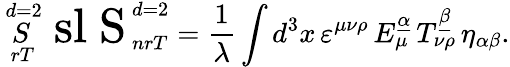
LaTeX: \mathop{S}_{\ rT}^{\ d=2}\mathrm{\LARGE\ sl~S}_{\ nrT}^{\ d=2}={\frac{1}{\lambda}}\int d^{3}x\, \varepsilon^{\mu\nu\rho}\, E_{\mu}^{\underline{{{\alpha}}}}\, T_{\nu\rho}^{\underline{{{\beta}}}}\, \eta_{\alpha\beta}.